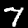
Digit: 7